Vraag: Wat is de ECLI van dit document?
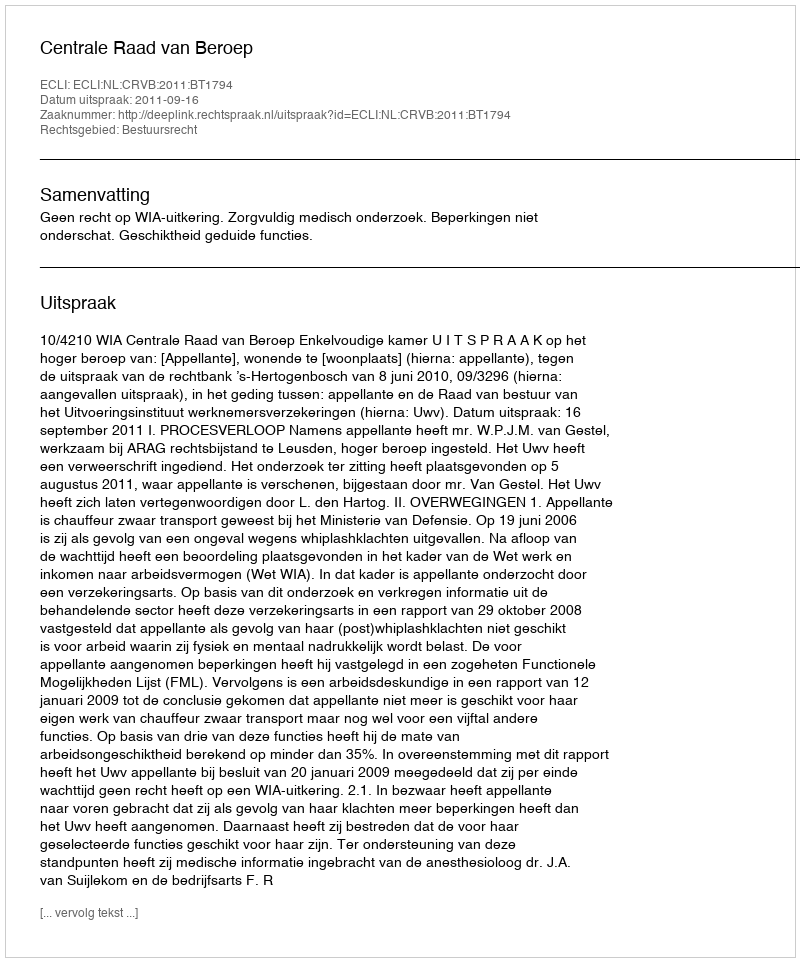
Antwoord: ECLI:NL:CRVB:2011:BT1794